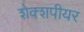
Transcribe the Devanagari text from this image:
शेक्शपीयर